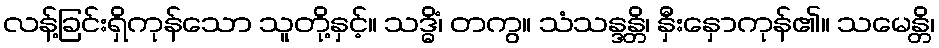
လန့်ခြင်းရှိကုန်သော သူတို့နှင့်။ သဒ္ဓိံ၊ တကွ။ သံသန္ဒန္တိ၊ နှီးနှောကုန်၏။ သမေန္တိ၊